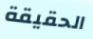
الحقيقة